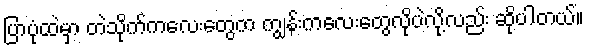
ပြာပုံထဲမှာ တဲသိုက်ကလေးတွေက ကျွန်းကလေးတွေလိုပဲလို့လည်း ဆိုပါတယ်။